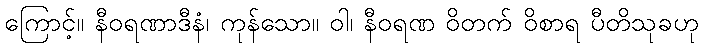
ကြောင့်။ နီဝရဏာဒီနံ၊ ကုန်သော။ ဝါ၊ နီဝရဏ ဝိတက် ဝိစာရ ပီတိသုခဟု